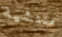
منتشية